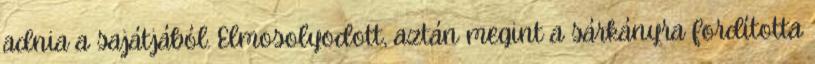
adnia a sajátjából. Elmosolyodott, aztán megint a sárkányra fordította